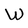
Character: W